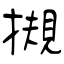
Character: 摫